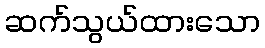
ဆက်သွယ်ထားသော